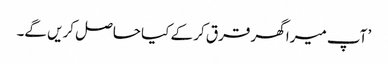
’ آپ میرا گھر قرق کر کے کیا حاصل کریں گے۔